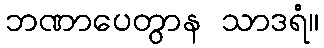
ဘဏာပေတွာန သာဒရံ။